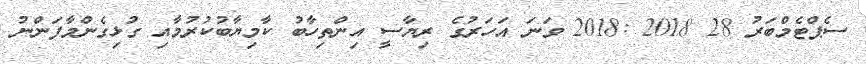
ސެޕްޓެމްބަރު 28 2018 :2018 ވަނަ އަހަރުގެ ރިޔާސީ އިންތިހާބު ކާމިޔާބުކުރުމާއި ގުޅިގެންމާފަންނު